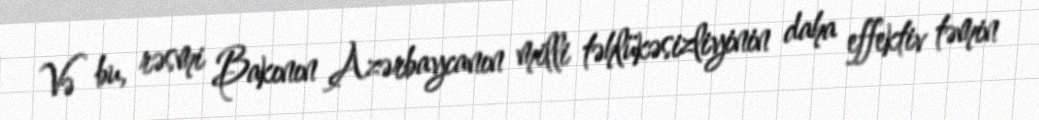
Və bu, rəsmi Bakının Azərbaycanın milli təhlükəsizliyinin daha effektiv təmin